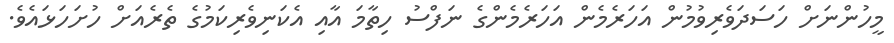
މީހުންނަށް ހަސަދަވެރިވުމުން އަހަރެމެން އަހަރެމެންގެ ނަފްސު ހިތާމަ އާއި އެކަނިވެރިކަމުގެ ތެރެއަށް ހުށަހަޅައެވެ.